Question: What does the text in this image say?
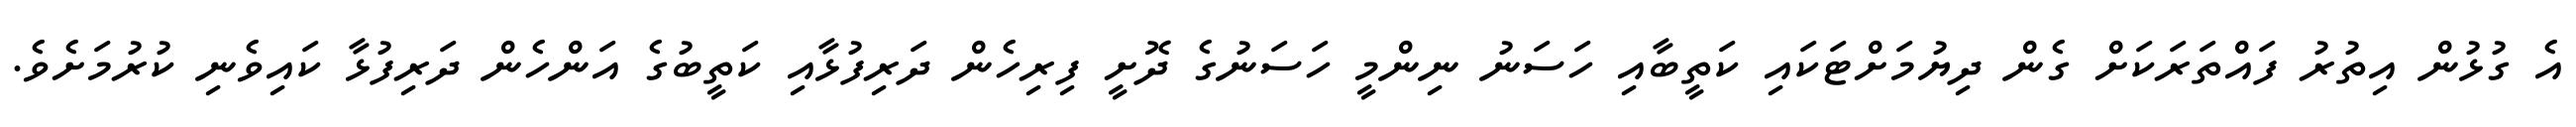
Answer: އެ ގުޅުން އިތުރު ފައްތަރަކަށް ގެން ދިޔުމަށްޓަކައި ކަތީބާއި ހަސަނު ނިންމީ ހަސަނުގެ ދޮށީ ފިރިހެން ދަރިފުޅާއި ކަތީބުގެ އަންހެން ދަރިފުޅާ ކައިވެނި ކުރުމަށެވެ.